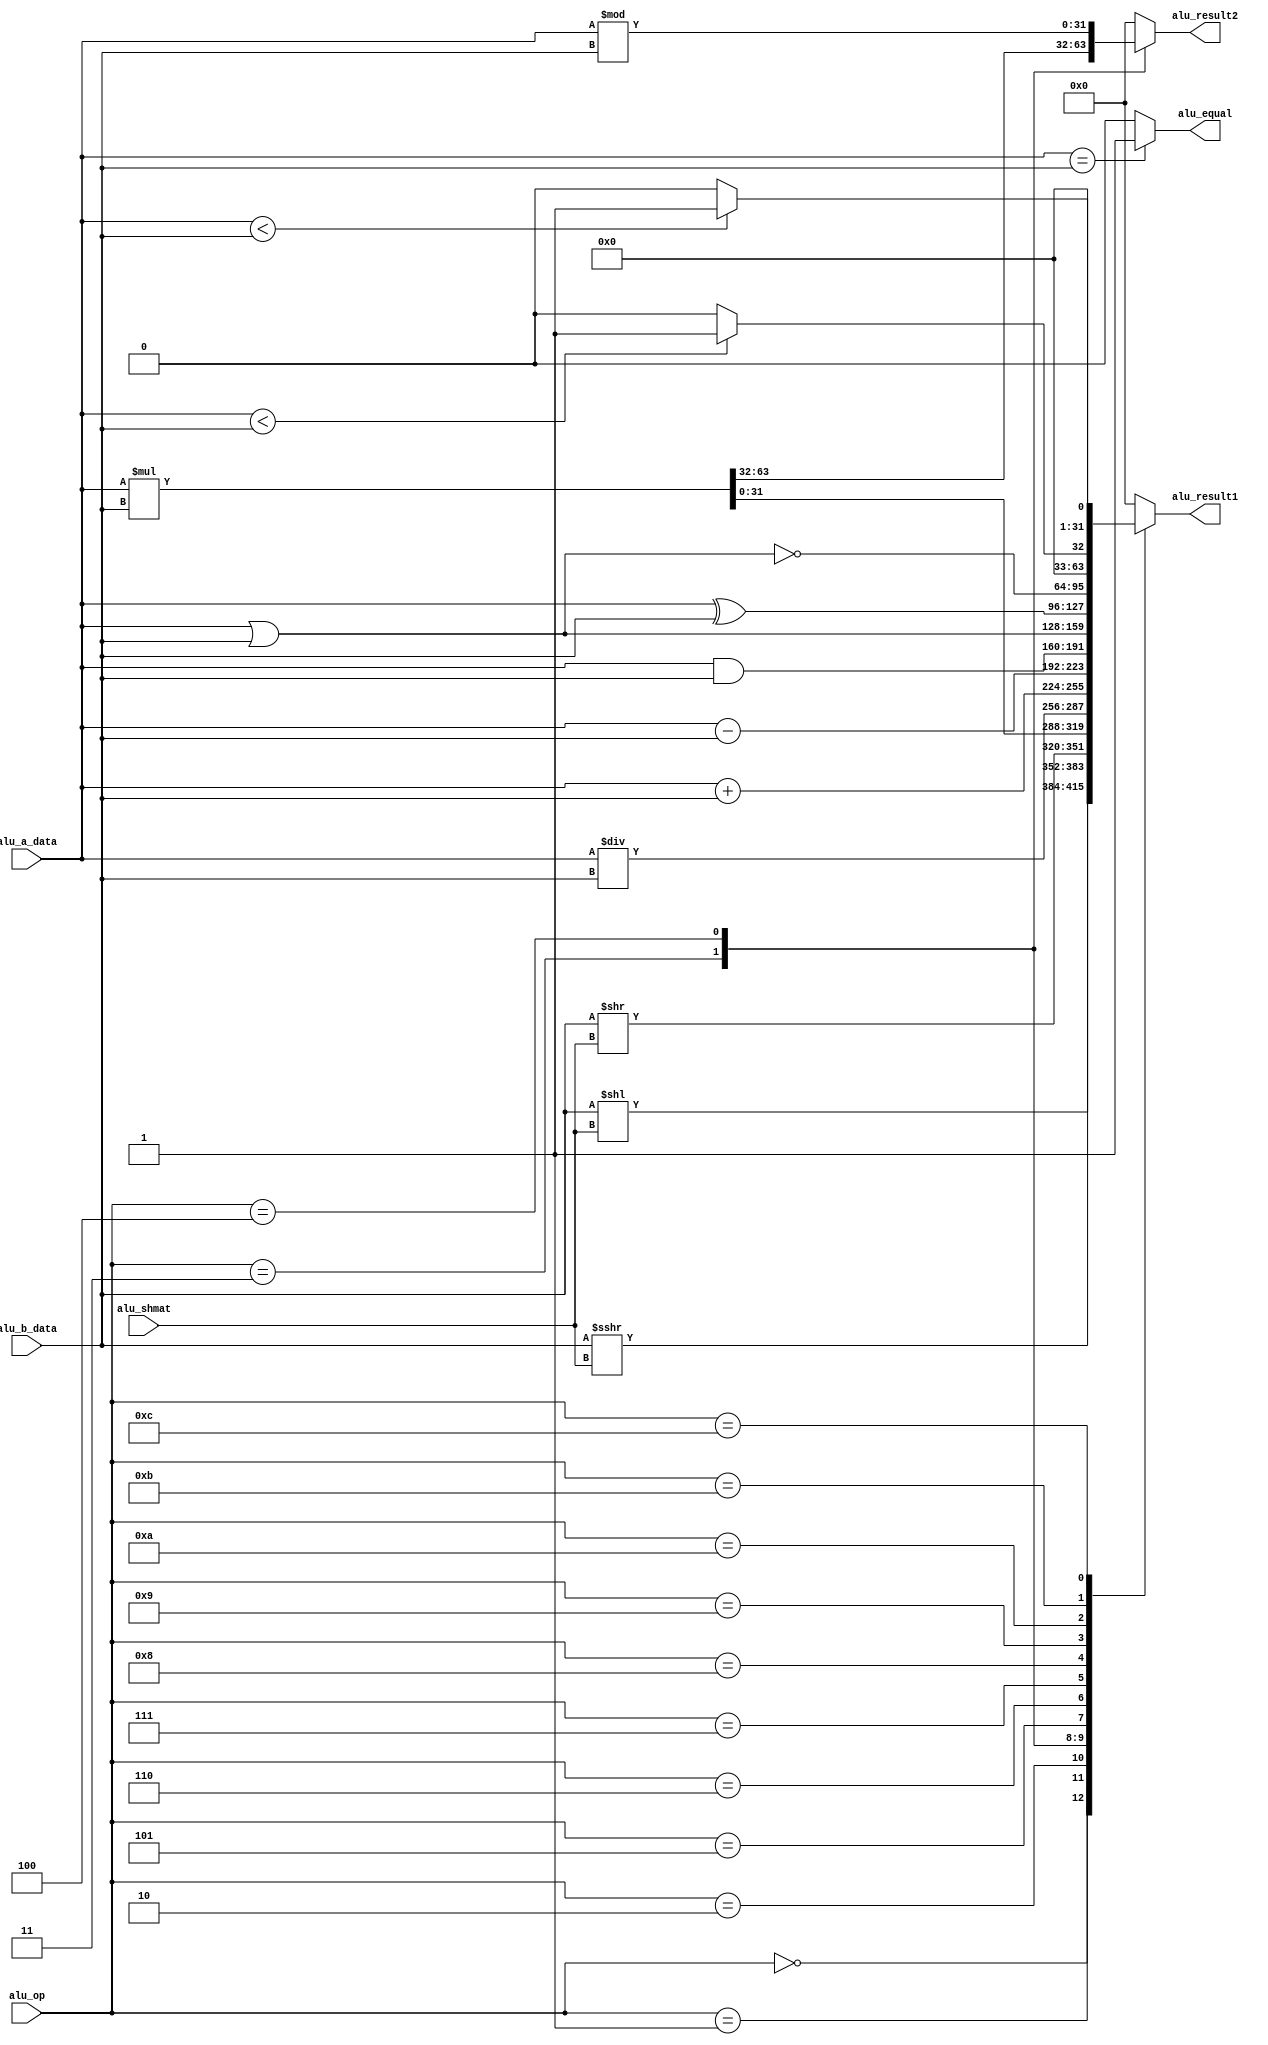
`timescale 1ns / 1ps
//////////////////////////////////////////////////////////////////////////////////
// Company: 
// Engineer: 
// 
// Design Name: 
// Module Name: ALU
// Project Name: 
// Target Devices: 
// Tool Versions: 
// Description: 
// 
// Dependencies: 
// 
// Revision:
// Revision 0.01 - File Created
// Additional Comments:
// 
//////////////////////////////////////////////////////////////////////////////////


module ALU(
	input[31:0] alu_a_data,
	input[31:0] alu_b_data,
	input[3:0] alu_op,
	input[4:0] alu_shmat,
	output alu_equal,
	output reg[31:0] alu_result1,
	output reg[31:0] alu_result2
    );

assign alu_equal = ((alu_a_data == alu_b_data) ? 1 :0);

always @(alu_a_data or alu_b_data or alu_op or alu_shmat)
begin
case(alu_op[3:0])
	4'b0000: 
	/* alu_op == 0, logical shift left, tested */
	begin
		alu_result1 = alu_b_data << alu_shmat;
		alu_result2 = 0;
	end
 	4'b0001: 
 	/* alu_op == 1, arithmetic shift right, tested */
 	begin
 		alu_result1 = (($signed(alu_b_data)) >>> alu_shmat);
 		alu_result2 = 0;
 	end
 	4'b0010:
 	/* alu_op == 2, logical shift right, tested */
	begin
		alu_result1 = alu_b_data >> alu_shmat;
		alu_result2 = 0;
	end 
 	4'b0011:
 	/* alu_op == 3, unsigned multiply, tested */
	begin
		{alu_result2, alu_result1} = alu_a_data * alu_b_data;
	end 
	4'b0100:
 	/* alu_op == 4, unsigned dividison, tested */
	begin
		alu_result1 = (alu_a_data) / (alu_b_data);
		alu_result2 = (alu_a_data) % (alu_b_data);
	end
 	4'b0101: 
 	/* alu_op == 5, Addition */
	begin
		alu_result1 = alu_a_data + alu_b_data;
		alu_result2 = 0;
	end 
 	4'b0110:
 	/* alu_op == 6, subtraction */
	begin
		alu_result1 = alu_a_data - alu_b_data;
		alu_result2 = 0;
	end 
 	4'b0111:
 	/* alu_op == 7, bit and */
	begin
		alu_result1 = alu_a_data & alu_b_data;
		alu_result2 = 0;
	end 
 	4'b1000:
 	/* alu_op == 8, bit or */
	begin
		alu_result1 = alu_a_data | alu_b_data;
		alu_result2 = 0;
	end 
 	4'b1001:
 	/* alu_op == 9, bit exclusive or */
	begin
		alu_result1 = alu_a_data ^ alu_b_data;
		alu_result2 = 0;
	end 
 	4'b1010:
 	/* alu_op == 10, bit negative or */
	begin
		alu_result1 = ~(alu_a_data | alu_b_data);
		alu_result2 = 0;
	end 
 	4'b1011:
 	/* alu_op == 11, signed comparison, tested */
	begin
	alu_result1 = ($signed(alu_a_data) < $signed(alu_b_data)) ? 1 : 0;
    alu_result2 = 0;
	end 
 	4'b1100:
 	/* alu_op == 12, unsigned comparison, tested */
	begin
		alu_result1 = (alu_a_data < alu_b_data) ? 1 : 0;
		alu_result2 = 0;
	end 
 	default:  
 	begin
 		alu_result1 = 0;
 		alu_result2 = 0;
 	end
endcase
end


endmodule